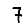
Digit: 7